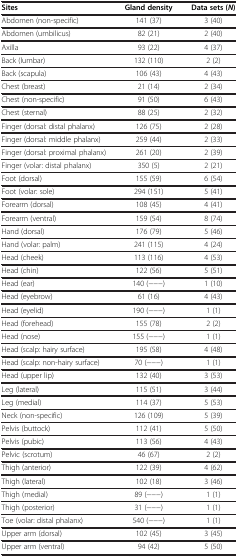
<table><thead><tr><td><b>Sites</b></td><td><b>Gland density</b></td><td><b>Data sets (<i>N</i>)</b></td></tr></thead><tbody><tr><td>Abdomen (non-specific)</td><td>141 (37)</td><td>3 (40)</td></tr><tr><td>Abdomen (umbilicus)</td><td>82 (21)</td><td>2 (40)</td></tr><tr><td>Axilla</td><td>93 (22)</td><td>4 (37)</td></tr><tr><td>Back (lumbar)</td><td>132 (110)</td><td>2 (2)</td></tr><tr><td>Back (scapula)</td><td>106 (43)</td><td>4 (43)</td></tr><tr><td>Chest (breast)</td><td>21 (14)</td><td>2 (34)</td></tr><tr><td>Chest (non-specific)</td><td>91 (50)</td><td>6 (43)</td></tr><tr><td>Chest (sternal)</td><td>88 (25)</td><td>2 (32)</td></tr><tr><td>Finger (dorsal: distal phalanx)</td><td>126 (75)</td><td>2 (28)</td></tr><tr><td>Finger (dorsal: middle phalanx)</td><td>259 (44)</td><td>2 (33)</td></tr><tr><td>Finger (dorsal: proximal phalanx)</td><td>261 (20)</td><td>2 (39)</td></tr><tr><td>Finger (volar: distal phalanx)</td><td>350 (5)</td><td>2 (21)</td></tr><tr><td>Foot (dorsal)</td><td>155 (59)</td><td>6 (54)</td></tr><tr><td>Foot (volar: sole)</td><td>294 (151)</td><td>5 (41)</td></tr><tr><td>Forearm (dorsal)</td><td>108 (45)</td><td>4 (41)</td></tr><tr><td>Forearm (ventral)</td><td>159 (54)</td><td>8 (74)</td></tr><tr><td>Hand (dorsal)</td><td>176 (79)</td><td>5 (46)</td></tr><tr><td>Hand (volar: palm)</td><td>241 (115)</td><td>4 (24)</td></tr><tr><td>Head (cheek)</td><td>113 (116)</td><td>4 (53)</td></tr><tr><td>Head (chin)</td><td>122 (56)</td><td>5 (51)</td></tr><tr><td>Head (ear)</td><td>140 (−−−)</td><td>1 (10)</td></tr><tr><td>Head (eyebrow)</td><td>61 (16)</td><td>4 (43)</td></tr><tr><td>Head (eyelid)</td><td>190 (−−−)</td><td>1 (1)</td></tr><tr><td>Head (forehead)</td><td>155 (78)</td><td>2 (2)</td></tr><tr><td>Head (nose)</td><td>155 (−−−)</td><td>1 (1)</td></tr><tr><td>Head (scalp: hairy surface)</td><td>195 (58)</td><td>4 (48)</td></tr><tr><td>Head (scalp: non-hairy surface)</td><td>70 (−−−)</td><td>1 (1)</td></tr><tr><td>Head (upper lip)</td><td>132 (40)</td><td>3 (53)</td></tr><tr><td>Leg (lateral)</td><td>115 (51)</td><td>3 (44)</td></tr><tr><td>Leg (medial)</td><td>114 (37)</td><td>5 (53)</td></tr><tr><td>Neck (non-specific)</td><td>126 (109)</td><td>5 (39)</td></tr><tr><td>Pelvis (buttock)</td><td>112 (41)</td><td>5 (50)</td></tr><tr><td>Pelvis (pubic)</td><td>113 (56)</td><td>4 (43)</td></tr><tr><td>Pelvic (scrotum)</td><td>46 (67)</td><td>2 (2)</td></tr><tr><td>Thigh (anterior)</td><td>122 (39)</td><td>4 (62)</td></tr><tr><td>Thigh (lateral)</td><td>102 (18)</td><td>3 (46)</td></tr><tr><td>Thigh (medial)</td><td>89 (−−−)</td><td>1 (1)</td></tr><tr><td>Thigh (posterior)</td><td>31 (−−−)</td><td>1 (1)</td></tr><tr><td>Toe (volar: distal phalanx)</td><td>540 (−−−)</td><td>1 (1)</td></tr><tr><td>Upper arm (dorsal)</td><td>102 (45)</td><td>3 (45)</td></tr><tr><td>Upper arm (ventral)</td><td>94 (42)</td><td>5 (50)</td></tr></tbody></table>